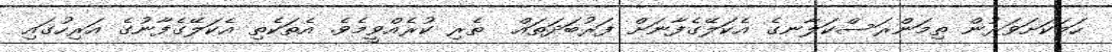
ހަމަކަށަަވަރުން ތިމަންރަސްކަލާނގެ އެކަލޭގެފާނަށް ފަރުބަދަތައް  ތެރި ކުރެއްވީމެވެ. އެތަކެތި އެކަލޭގެފާނުގެ އަރިހުގައި